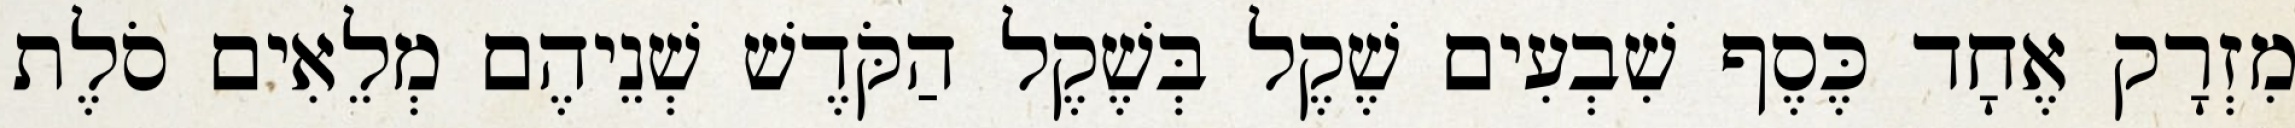
מִזְרָק אֶחָד כֶּסֶף שִׁבְעִים שֶׁקֶל בְּשֶׁקֶל הַקֹּדֶשׁ שְׁנֵיהֶם מְלֵאִים סֹלֶת